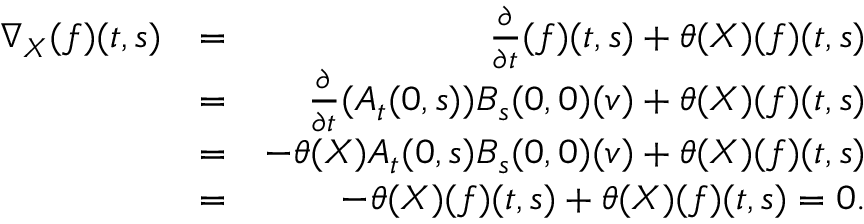
\begin{array} { r l r } { \nabla _ { X } ( f ) ( t , s ) } & { = } & { \frac { \partial } { \partial t } ( f ) ( t , s ) + \theta ( X ) ( f ) ( t , s ) } \\ & { = } & { \frac { \partial } { \partial t } ( A _ { t } ( 0 , s ) ) B _ { s } ( 0 , 0 ) ( v ) + \theta ( X ) ( f ) ( t , s ) } \\ & { = } & { - \theta ( X ) A _ { t } ( 0 , s ) B _ { s } ( 0 , 0 ) ( v ) + \theta ( X ) ( f ) ( t , s ) } \\ & { = } & { - \theta ( X ) ( f ) ( t , s ) + \theta ( X ) ( f ) ( t , s ) = 0 . } \end{array}